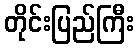
တိုင်းပြည်ကြီး